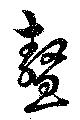
鰲